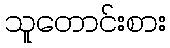
သူတောင်းစား